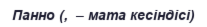
Панно (,  – мата кесіндісі)